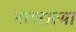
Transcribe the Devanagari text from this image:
नागरात्मा